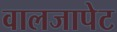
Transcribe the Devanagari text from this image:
वालजापेट